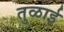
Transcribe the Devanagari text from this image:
तुळाई